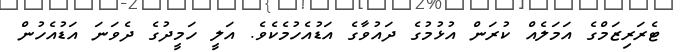
ޓެރަރިޒަމްގެ އަމަލެއް ކުރަން އުޅުމުގެ ދައުވާގެ އަޑުއެހުމެކެވެ. އަލީ ހަމީދުގެ ދެވަނަ އަޑުއެހުން